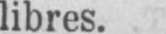
libres.